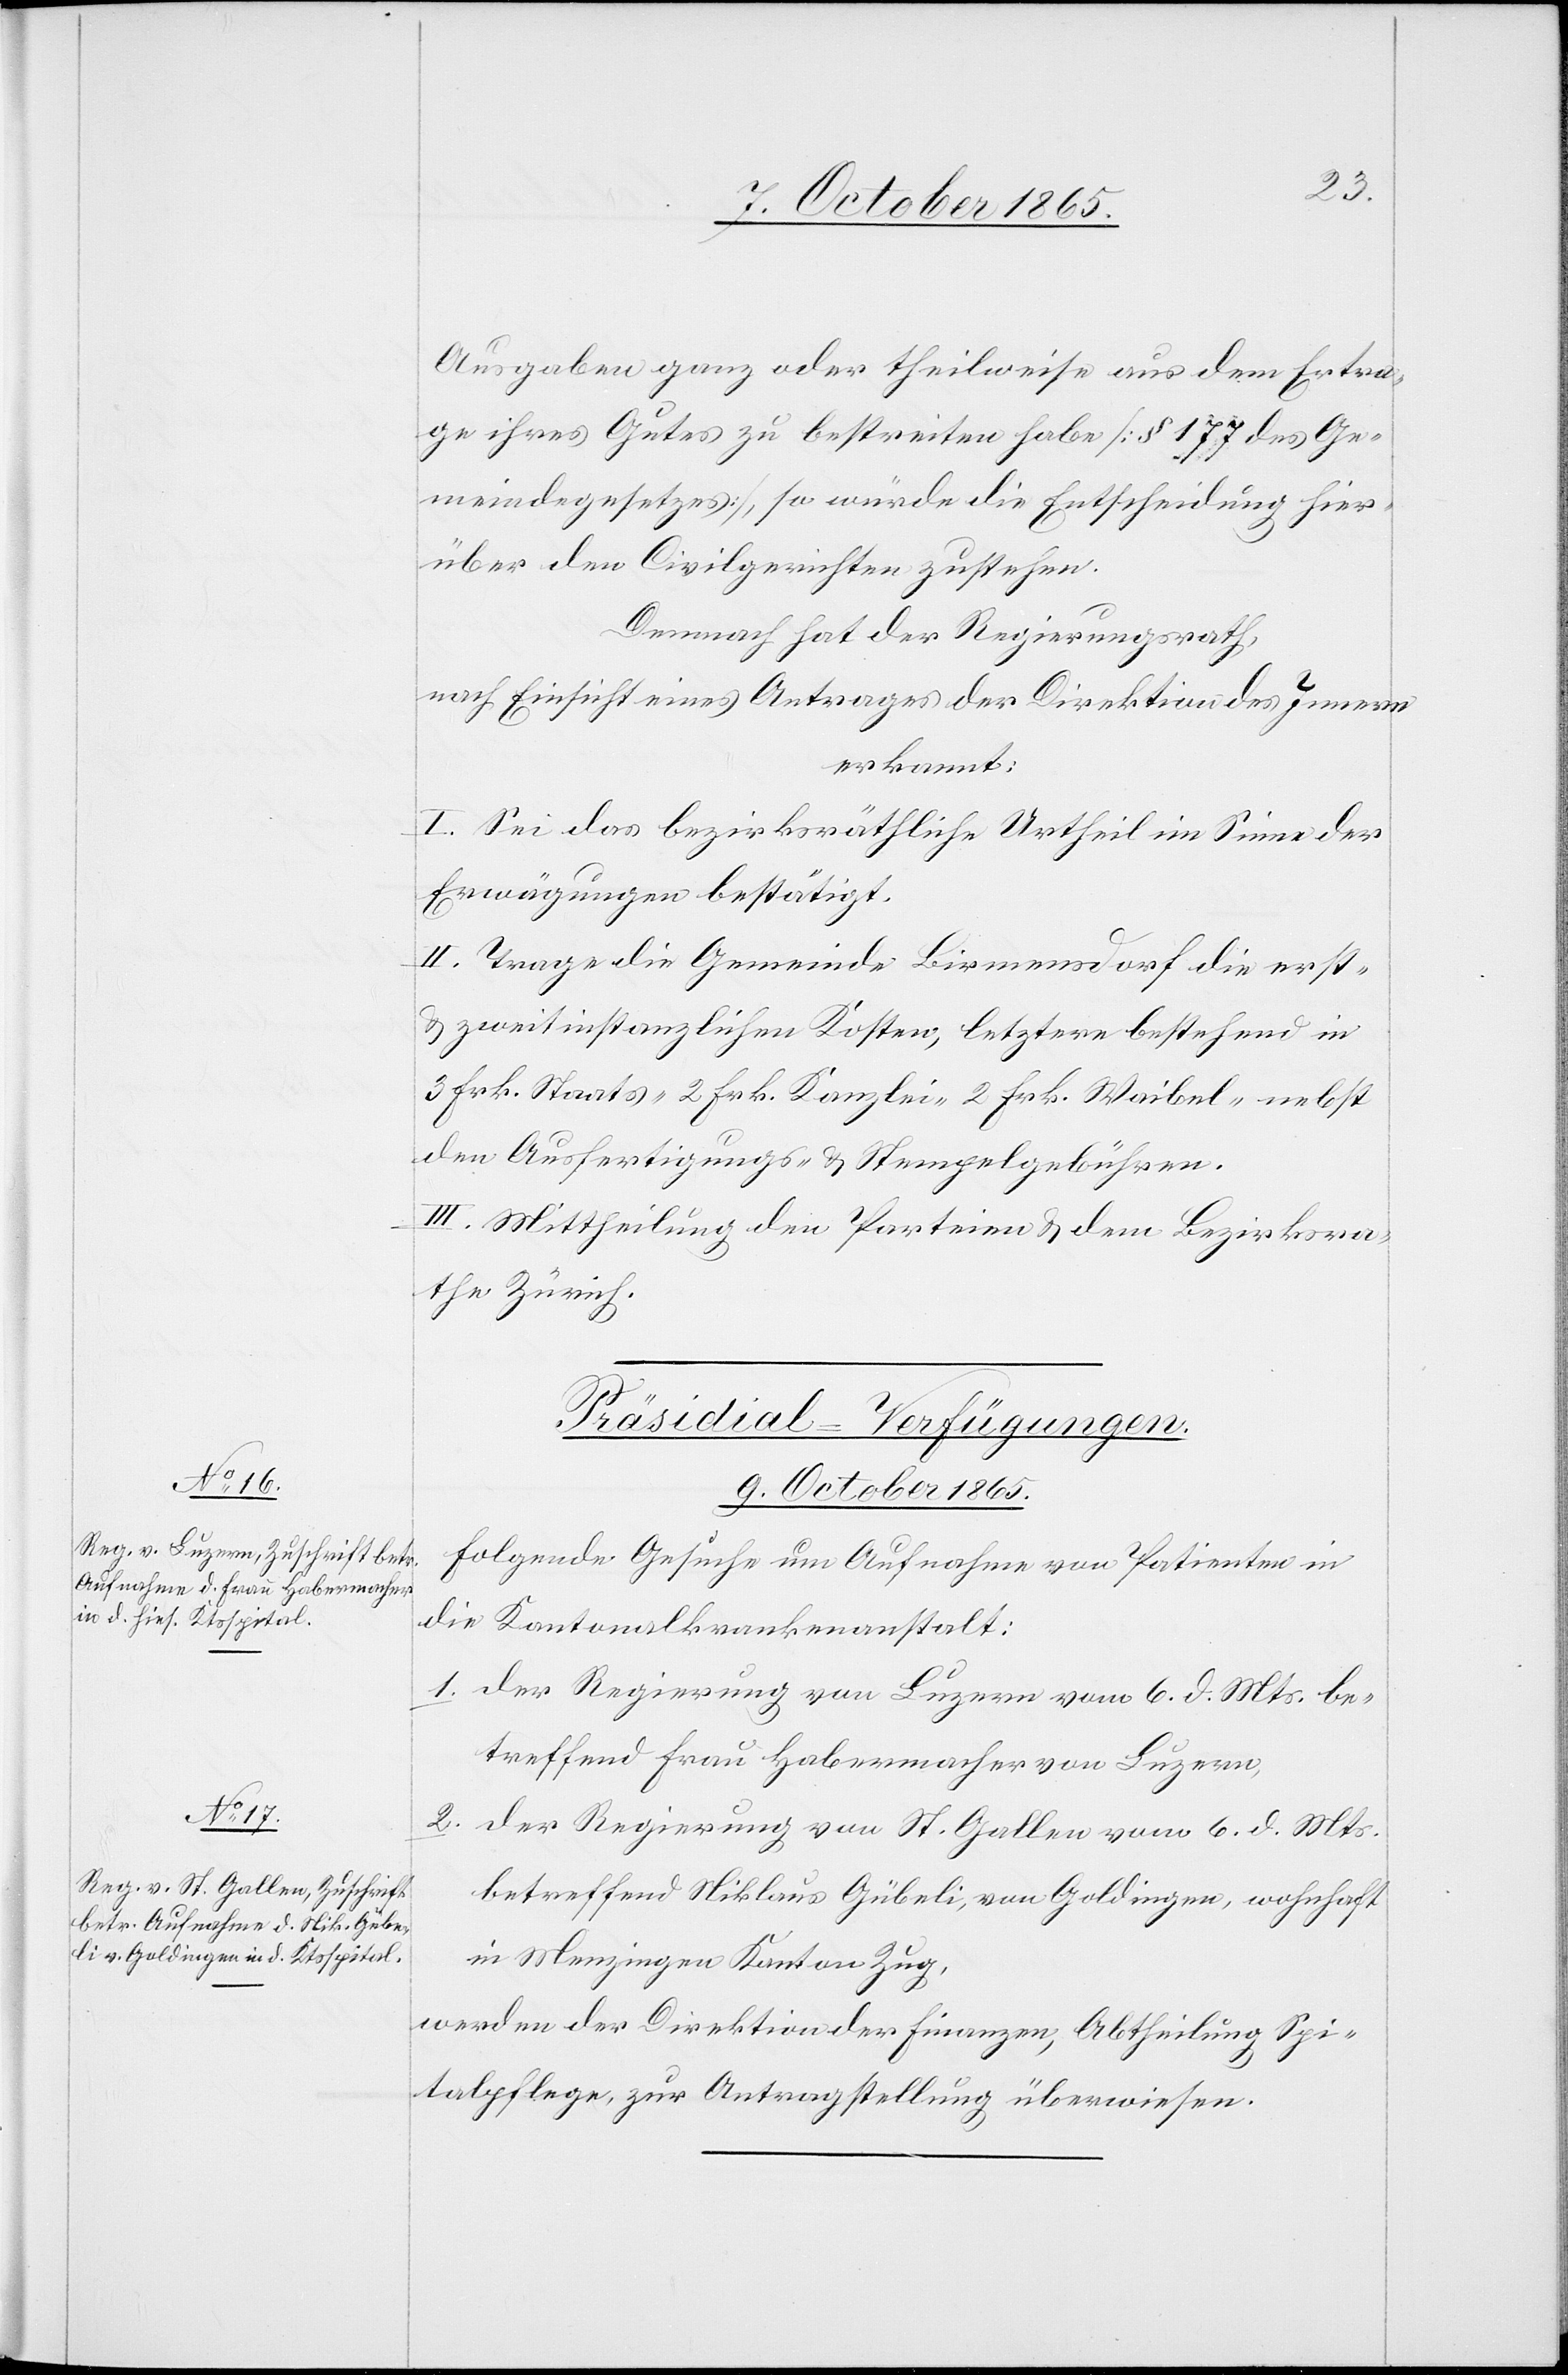
Ausgaben ganz oder theilweise aus dem Ertra¬
ge ihres Gutes zu bestreiten habe [§ 177 des Ge¬
meindegesetzes], so würde die Entscheidung hier¬
über den Civilgerichten zustehen.
Demnach hat der Regierungsrath,
nach Einsicht eines Antrages der Direktion des Innern
erkannt:
I. Sei das bezirksräthliche Urtheil im Sinne der
Erwägungen bestätigt.
II. Trage die Gemeinde Birmensdorf die erst-
& zweitinstanzlichen Kosten, letztere bestehend in
3 Frk. Staats-[,] 2 Frk. Kanzlei-[,] 2 Frk. Waibel- nebst
den Ausfertigungs- und Stempelgebühren.
III. Mittheilung den Parteien und dem Bezirksra¬
the Zürich.
Präsidial-Verfügungen.
9. October 1865.
Folgende Gesuche um Aufnahme von Patienten in
die Kantonalkrankenanstalt:
1. Der Regierung von Luzern vom 6. d. Mts. be¬
treffend Frau Habermacher von Luzern,
2. Der Regierung von St. Gallen vom 6. d. Mts.
betreffend Niklaus Gübeli, von Goldingen, wohnhaft
in Menzingen Kanton Zug,
werden der Direktion der Finanzen, Abtheilung Spi¬
talpflege, zur Antragstellung überwiesen.